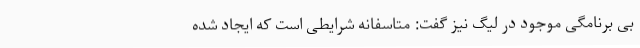
بی برنامگی موجود در لیگ نیز گفت: متاسفانه شرایطی است که ایجاد شده